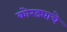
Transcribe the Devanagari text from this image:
कोरड्याचे